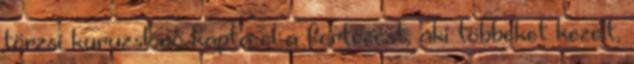
törzsi kuruzslónő kapta el a fertőzést, aki többeket kezelt,